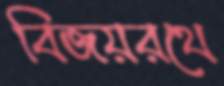
বিজয়রথে